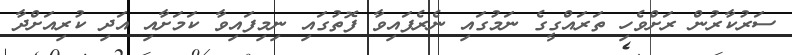
ސަރުކާރުން ރަށްވެހި ތަރައްގީގެ ނަމުގައި ނެރެފައިވާ ފޮތުގައި ނިމިފައިވާ ކަމަށާއި އަދި ކުރިއަށްދާ